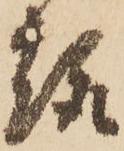
趣